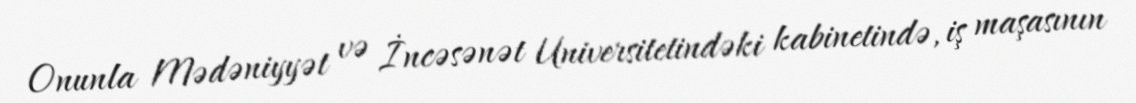
Onunla Mədəniyyət və İncəsənət Universitetindəki kabinetində, iş maşasının